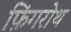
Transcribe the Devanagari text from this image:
फ़िंगरोथ